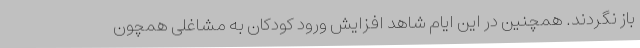
باز نگردند. همچنین در این ایام شاهد افزایش ورود کودکان به مشاغلی همچون